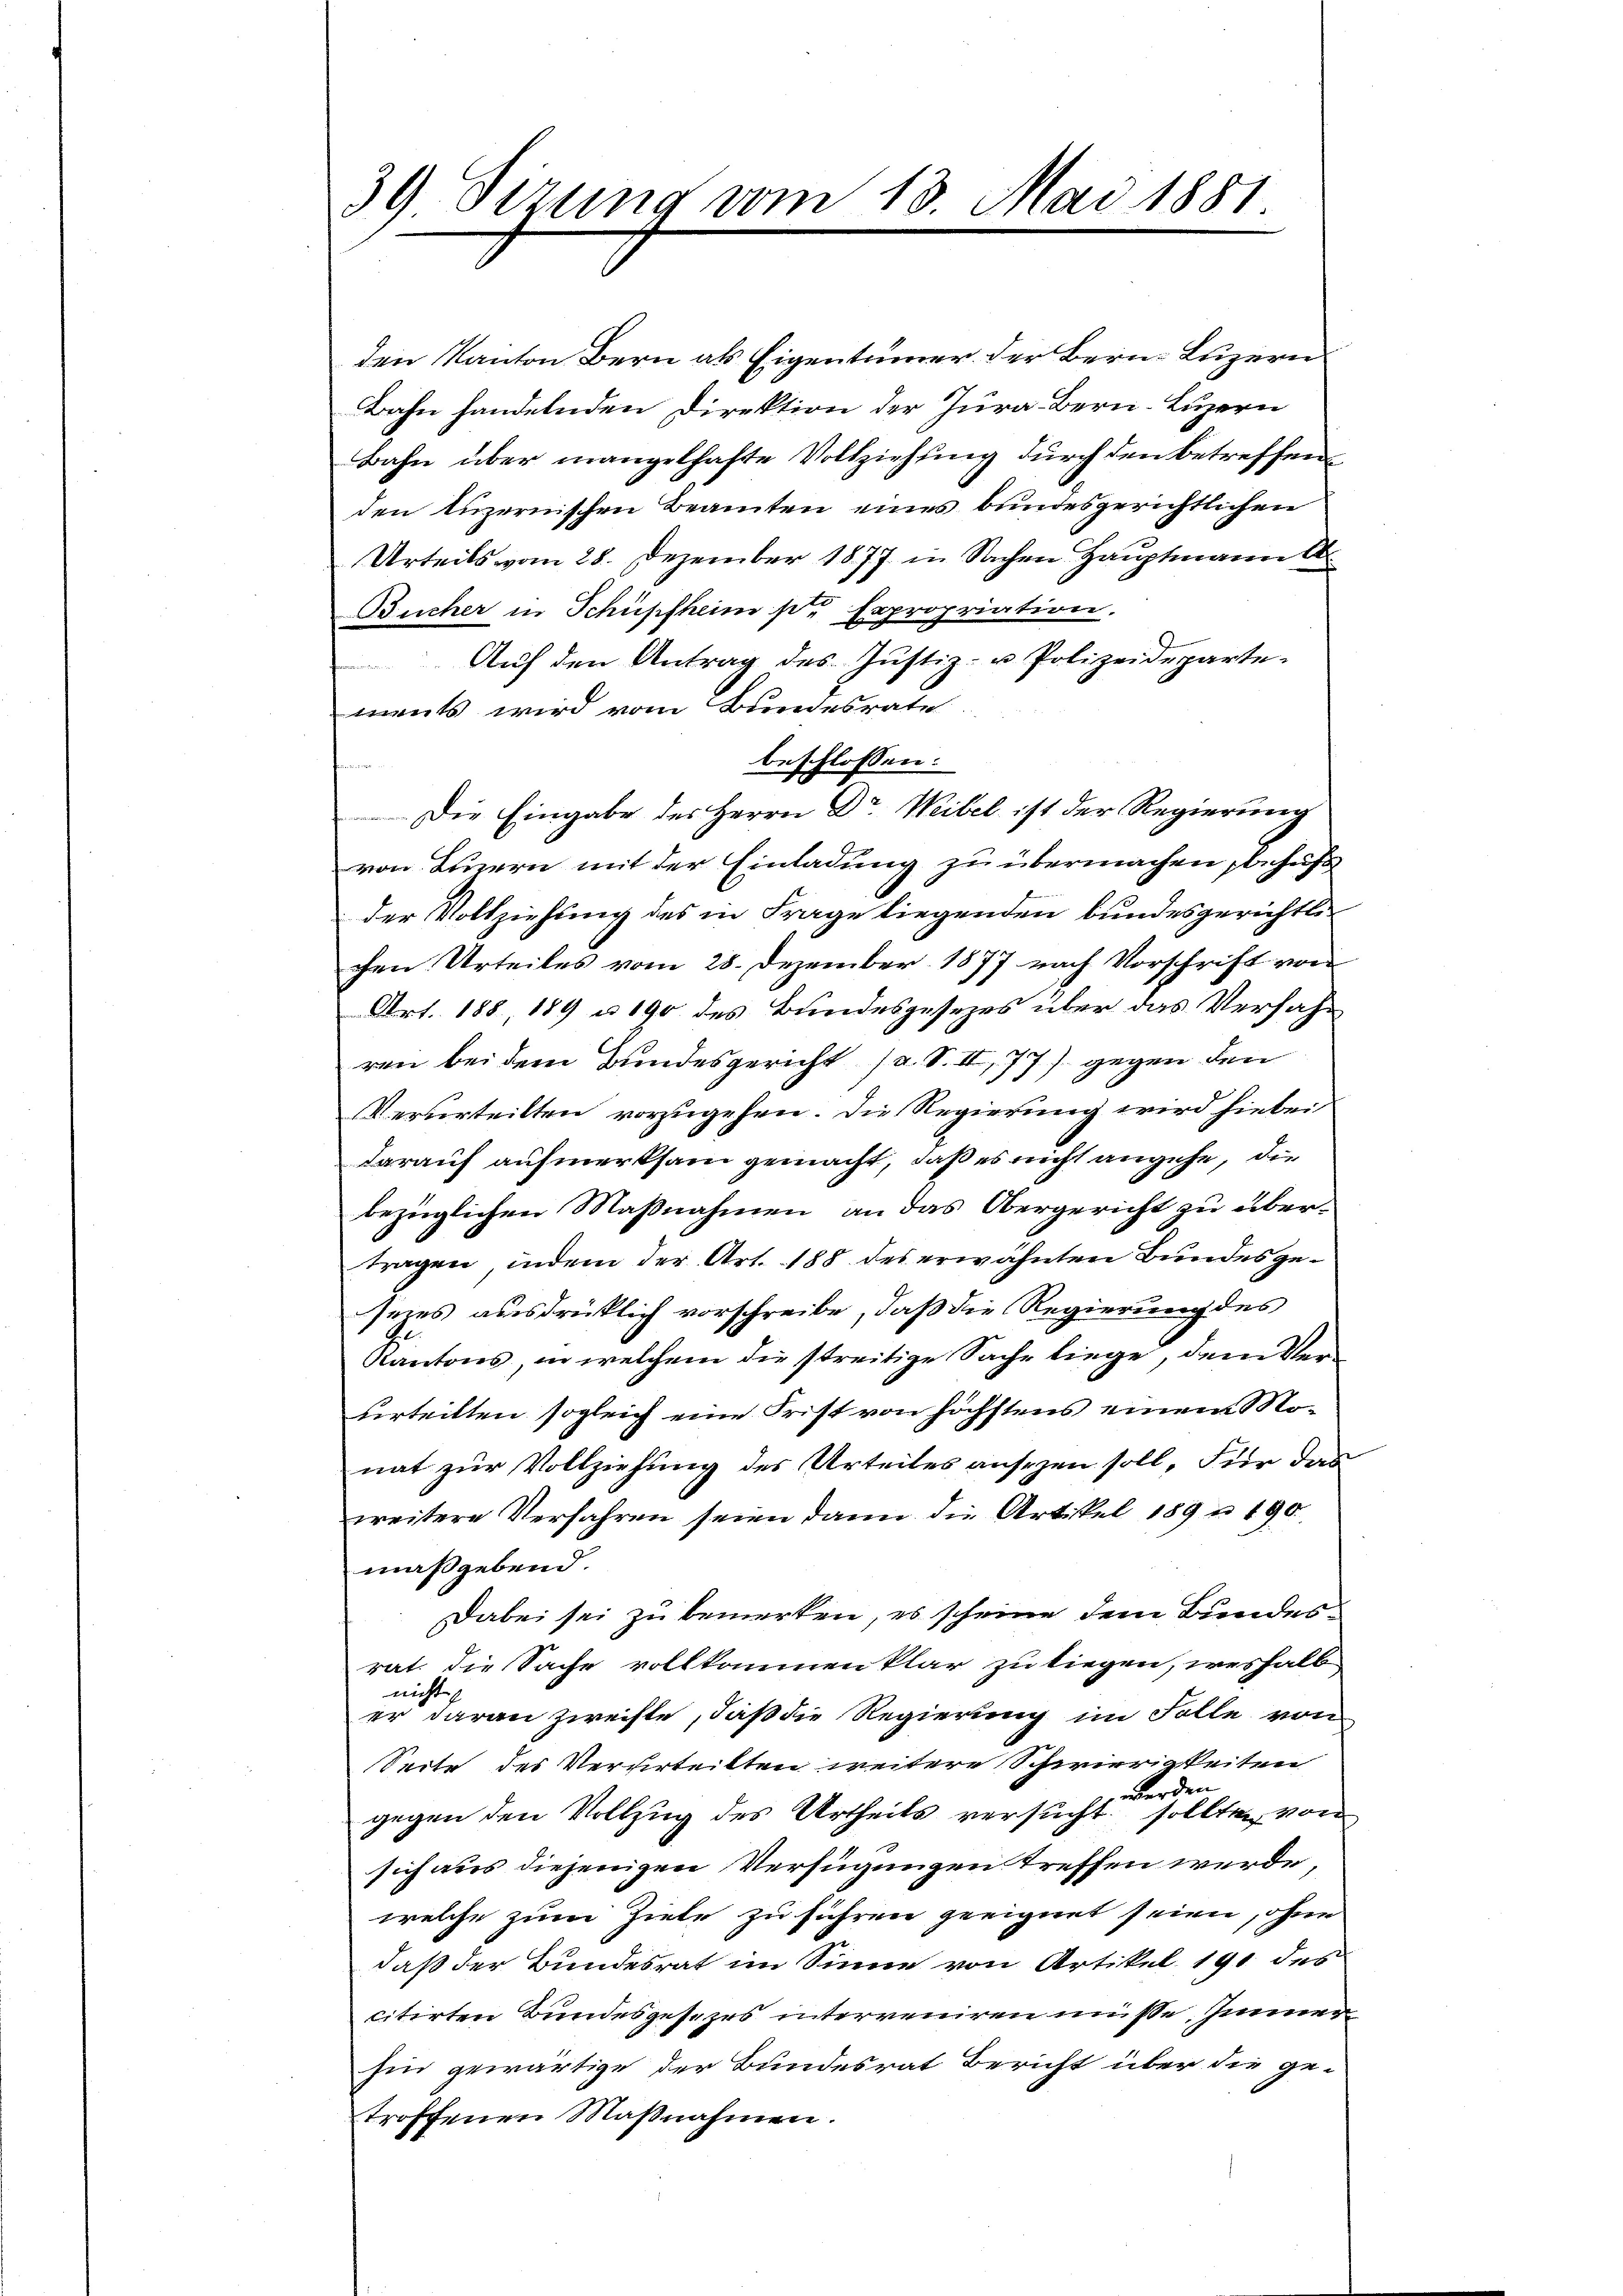
39 Sizung vom 13. Mai 1881.

den Kanton Bern als Eigentümer der Bern, Luzern
Bahn handelnden Direktion der Jura Bern. Luzern
Bahn über mangelhafte Vollziehung durch den betreffen
den luzernischen Beamten eines bundesgerichtlichen
Urteils vom 28. Dezember 1877 in Sachen Hauptmann A
Bücher in Schüpfheim pr Expropriation.
Aŭf den Antrag des Jŭstiz- u Polizeideparte
ments wird vom Bundesrate
beschlossen:
u
Die Eingabe des Herrn Dr Weibel ist der Regierung
von Einern mit der Einladung zu übermachen behufs
der Vollziehung des in Frage liegenden bundesgerichtlichen Urteiles vom 28. Dezember 1877 nach Vorschrift von
Art. 188, 189 u 190 des Bundesgesezes über das Verfahren bei dem Bundesgericht (a. S. II, 77) gegen den
Verurteilten vorzugehen. Die Regierung wird hiebei
darauf aufmerksam gemacht, daß es nicht angehe, die
bezüglichen Maßnahmen an das Obergericht zu übertragen, indem der Art. 188 des erwähnten Bundesgeseies ausdrücklich vorschreibe, daß die Regierung des
B
Kantons, in welchem die streitige Sache liege, dem Verurteilten sogleich eine Frist von höchstens einem Monat zur Vollziehung des Urteiles ansehen soll, Für das
weitere Verfahren seien dann die Artikel 189 u 190
maßgebend.
Dabei sei zu bemerken, es scheine dem Bundesrat. Die Sache vollkommen klar zu liegen, weshalb
nicht
er daran zweifte, daß die Regierung im Folle von
Seite des Verurteilten weitere Schwierigkeiten
werden.
gegen den Vollzug des Urtheils versucht sollten von
sich aus diejenigen Verfügungen treffen werde
welche zum Ziele zu führen geeignet seien, ohne
daß der Bundesrat im Sinne von Artikel 191 des
citirten Bundesgesezes interveniren müsse, Zimmerhin gewärtige der Bundesrat Bericht über die ge-
troffenen Maßnahmen.